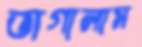
ভাগালাম